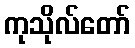
ကုသိုလ်တော်